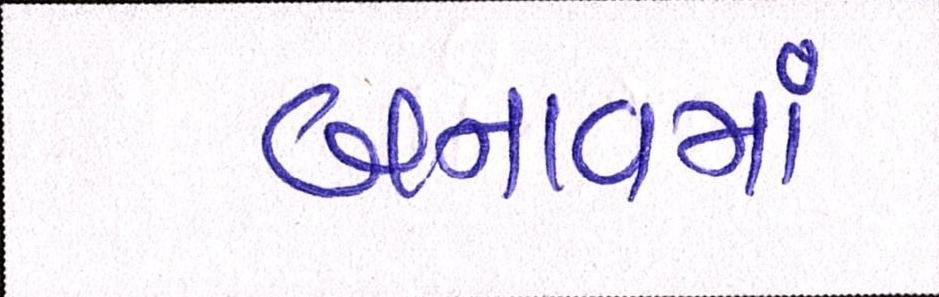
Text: બનાવમાં